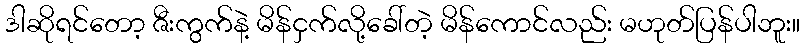
ဒါဆိုရင်တော့ ဇီးကွက်နဲ့ မိန်ငှက်လို့ခေါ်တဲ့ မိန်ကောင်လည်း မဟုတ်ပြန်ပါဘူး။